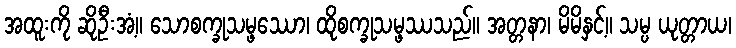
အထူးကို ဆိုဦးအံ့။ သောစက္ခုသမ္ဖဿော၊ ထိုစက္ခုသမ္ဖဿသည်။ အတ္တနာ၊ မိမိနှင့်။ သမ္ပ ယုတ္တာယ၊